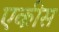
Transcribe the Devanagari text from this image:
एकीस